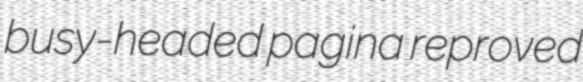
busy-headed pagina reproved